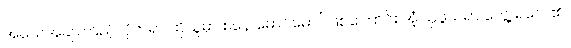
အသေအချာကြည့်လိုက်ရာ ထိုသူမှာ စနေ မောင်မောင်ဖြစ်ကြောင်း အံ့ဩဖွယ်ရာ တွေ့ ရလေ၏။